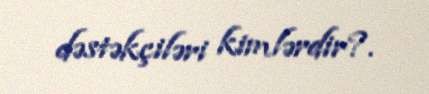
dəstəkçiləri kimlərdir?.